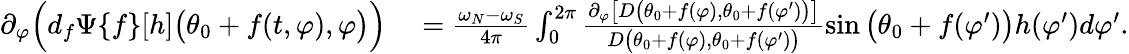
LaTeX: \begin{array}{rl}{\partial_{\varphi}\Big(d_{f}\Psi\{ f\} [h]\big(\theta_{0}+f(t,\varphi),\varphi\big)\Big)}&{{}=\frac{\omega_{N}-\omega_{S}}{4\pi}\int_{0}^{2\pi}\frac{\partial_{\varphi}\big[D\big(\theta_{0}+f(\varphi),\theta_{0}+f(\varphi^{\prime})\big)\big]}{D\big(\theta_{0}+f(\varphi),\theta_{0}+f(\varphi^{\prime})\big)}\sin\big(\theta_{0}+f(\varphi^{\prime})\big)h(\varphi^{\prime})d\varphi^{\prime}.}\end{array}